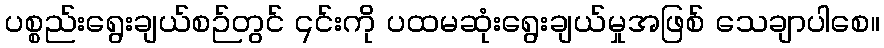
ပစ္စည်းရွေးချယ်စဉ်တွင် ၎င်းကို ပထမဆုံးရွေးချယ်မှုအဖြစ် သေချာပါစေ။